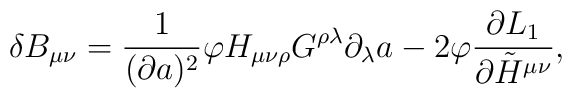
\delta B_{\mu\nu} = {1 \over (\partial a)^2} \varphi H_{\mu\nu\rho}G^{\rho\lambda} \partial_{\lambda} a - 2 \varphi {\partial L_1 \over\partial \tilde H^{\mu\nu} },